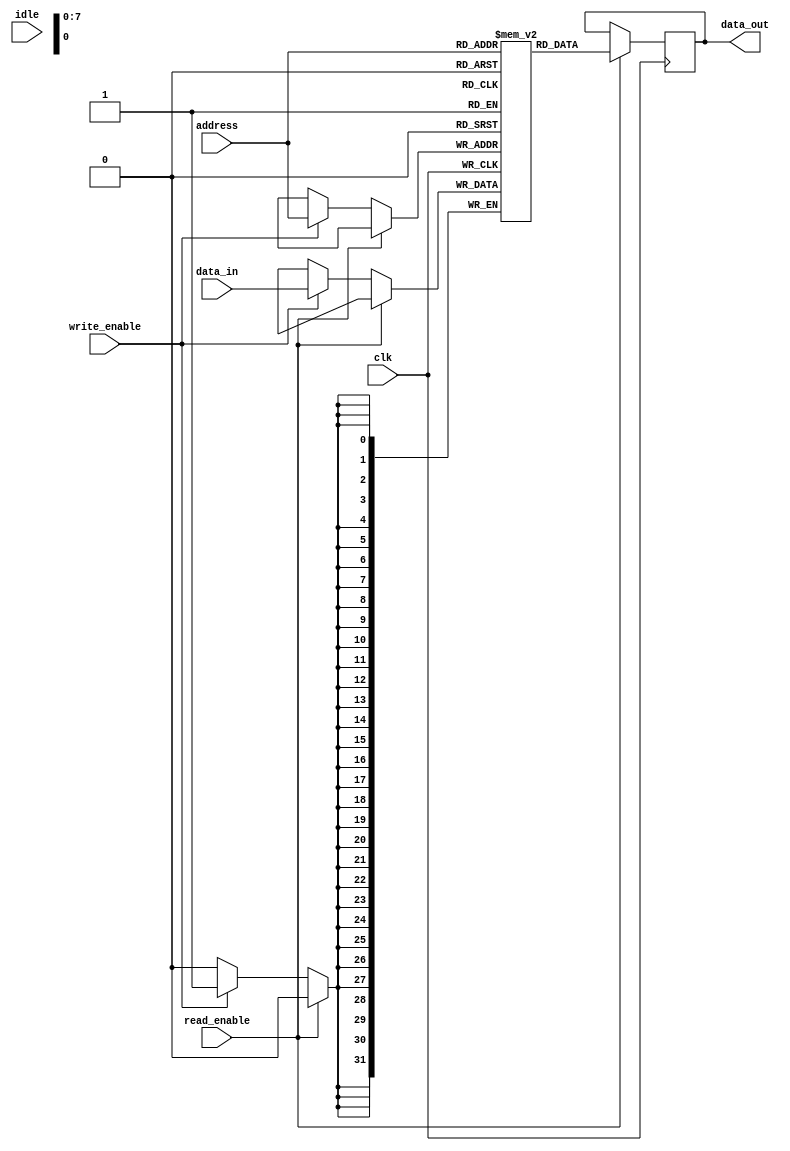
module memory_block (
    input wire clk,
    input wire read_enable,
    input wire write_enable,
    input wire idle,
    input wire [7:0] address,
    input wire [31:0] data_in,
    output reg [31:0] data_out
);
    reg [31:0] memory_array [0:255]; // Example memory size of 256 x 32 bits

    always @(posedge clk) begin
        if (read_enable) begin
            data_out <= memory_array[address];
        end else if (write_enable) begin
            memory_array[address] <= data_in;
        end
    end
endmodule